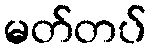
မတ်တပ်